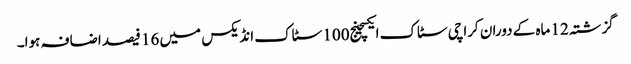
گزشتہ 12 ماہ کے دوران کراچی سٹاک ایکسچینج100 سٹاک انڈیکس میں 16 فیصد اضافہ ہوا۔